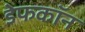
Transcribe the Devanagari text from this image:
डेफकॉन